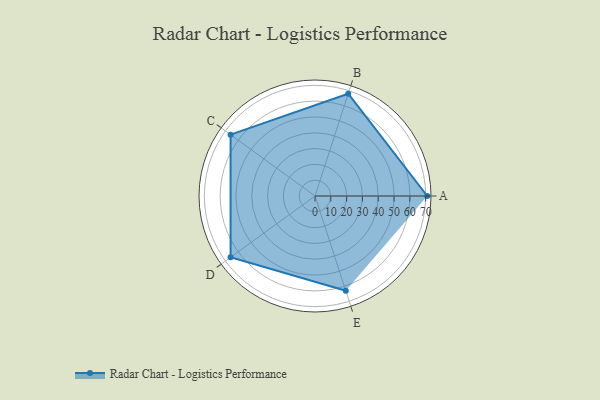
{"axis": {"x": "Skill", "y": "Score"}, "legend": ["Profile"], "data": [{"x": "A", "y": 71.0, "type": "Profile"}, {"x": "B", "y": 68.0, "type": "Profile"}, {"x": "C", "y": 66.0, "type": "Profile"}, {"x": "D", "y": 66.0, "type": "Profile"}, {"x": "E", "y": 63.0, "type": "Profile"}]}